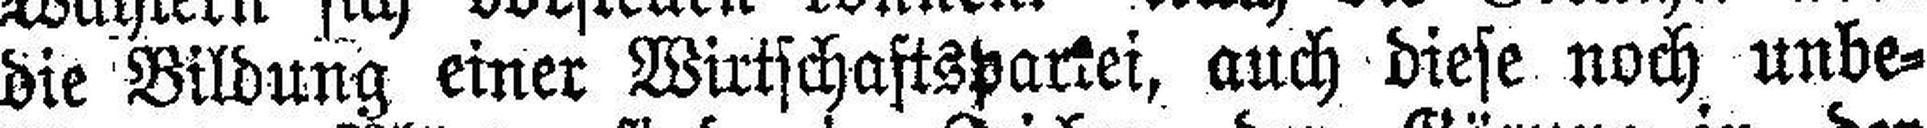
die Bildung einer Wirtschaftsparkei, auch diese noch unbe¬